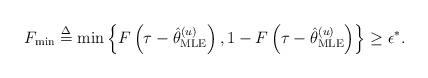
LaTeX: \begin{align*} {F_{\min }} \buildrel \Delta \over = \min \left\{ {F\left( {\tau - \hat \theta _{{\rm{MLE}}}^{(u)}} \right),1 - F\left( {\tau - \hat \theta _{{\rm{MLE}}}^{(u)}} \right)} \right\} \ge {\epsilon ^*}.\end{align*}